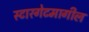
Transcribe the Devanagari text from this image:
स्टारगेटमागील